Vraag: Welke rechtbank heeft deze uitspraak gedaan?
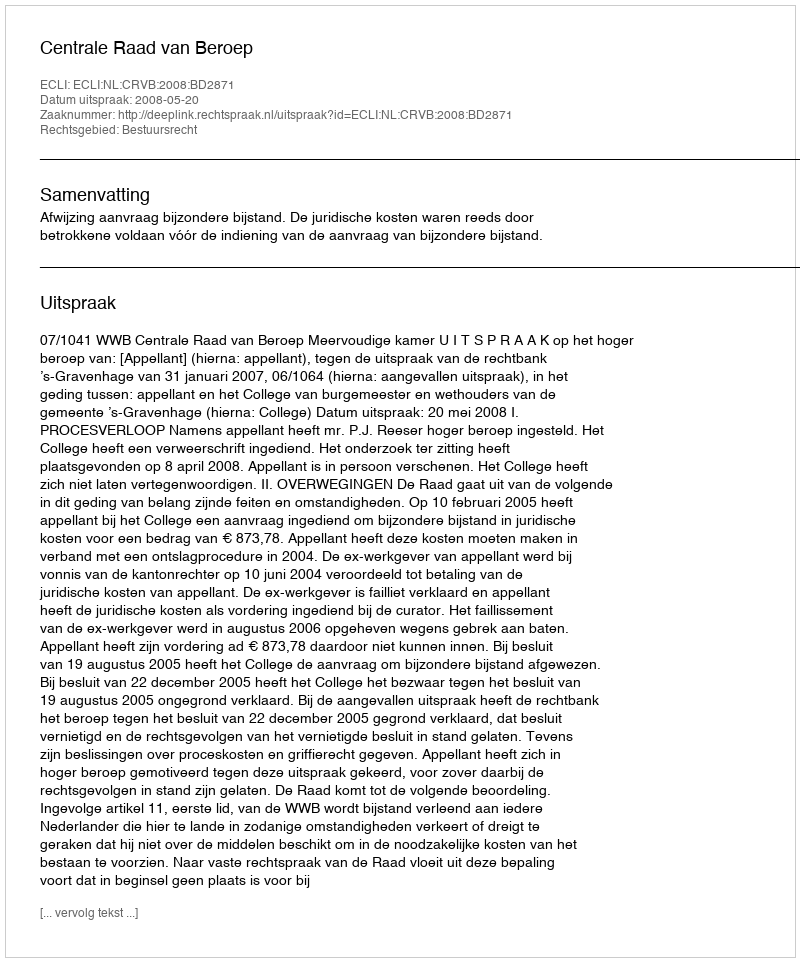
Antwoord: Centrale Raad van Beroep